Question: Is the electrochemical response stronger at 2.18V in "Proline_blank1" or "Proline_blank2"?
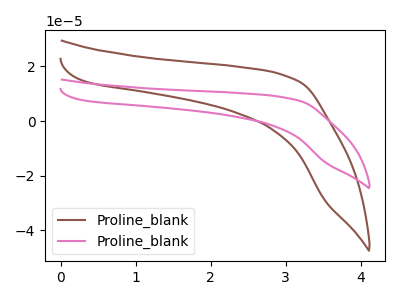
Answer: <think>The brown curve "Proline_blank1" has no peaks. The pink curve "Proline_blank2" has no peaks.</think>
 <answer>"Proline_blank1" and "Proline_blank2" dont share a peak at 2.18V.</answer>
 <eval>mismatch</eval>